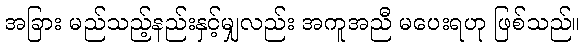
အခြား မည်သည့်နည်းနှင့်မျှလည်း အကူအညီ မပေးရဟု ဖြစ်သည်။